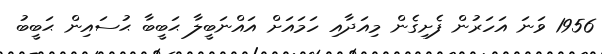
1956 ވަނަ އަހަރުން ފެށިގެން މިއަދާއި ހަމައަށް އައްނަބީލާ ޙަބީބާ ޙުސައިން ޙަބީބު